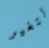
لتغير